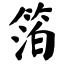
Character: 箔